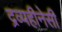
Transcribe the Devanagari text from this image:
द्रव्यहीनेसी